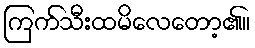
ကြက်သီးထမိလေတော့၏။